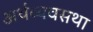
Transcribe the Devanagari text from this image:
अर्थव्यवसथा